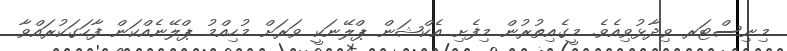
މިނިސްޓަރ ވިދާޅުވިއެވެ. މީގެއިތުރުން މިފެށި އެކްޝަން ޕްލޭނަކީ ވަރަށް މުހިއްމު ޕްލޭނެއްކަން ފާހަގަކުރައްވާ